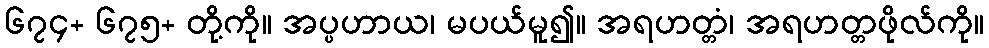
၆၇၄+ ၆၇၅+ တို့ကို။ အပ္ပဟာယ၊ မပယ်မူ၍။ အရဟတ္တံ၊ အရဟတ္တဖိုလ်ကို။